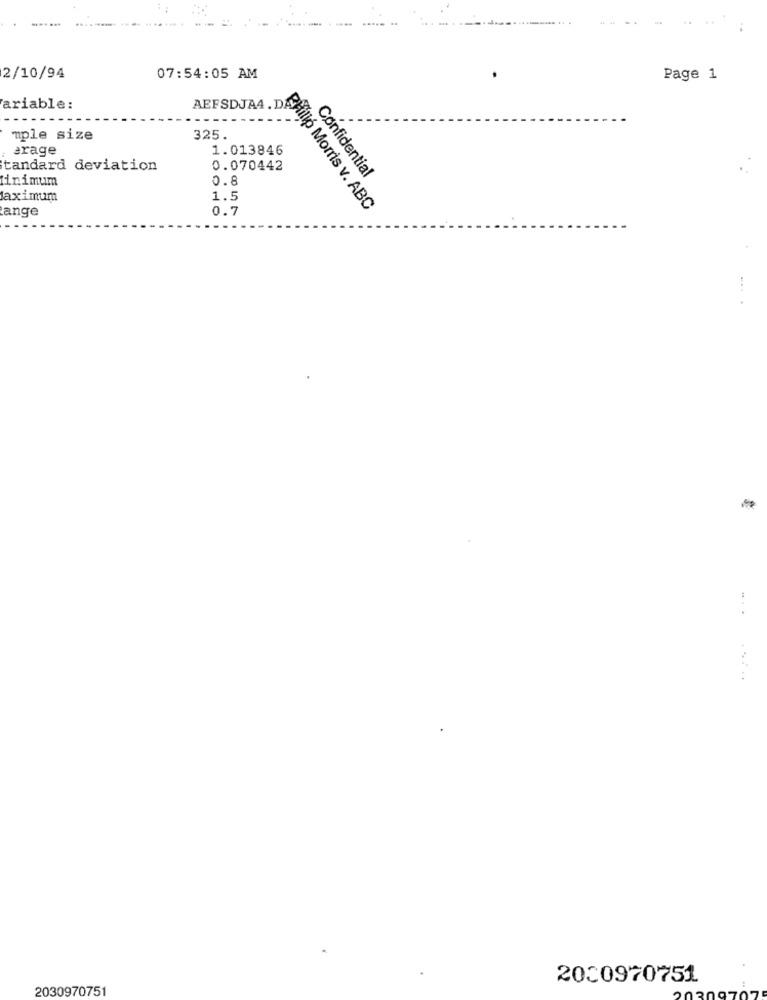
2/10/94
07:54:05 AM
Page 1
ariable:
AEFSDJA4.D
mple size
325.
erage
1.013846
tandard deviation
0.070442
Confidential
0.8
Minimum
Maximum
1.5
ange
0.7
Philip Morris v. ABC
...
2030970751
2030970751
UC